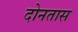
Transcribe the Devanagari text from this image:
दोनतास